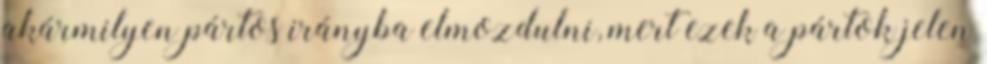
akármilyen pártos irányba elmozdulni, mert ezek a pártok jelen